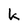
Character: k